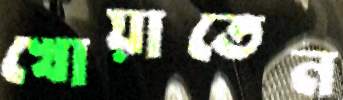
খোয়াতেন